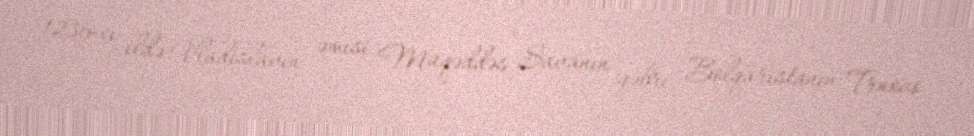
1236-cı ildə Vladislavın əmisi Müqəddəs Savanın qəbri Bolqarıstanın Trnovo